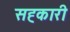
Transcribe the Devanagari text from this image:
सह्कारी